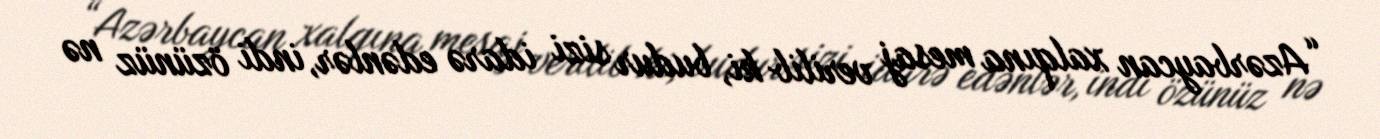
“Azərbaycan xalqına mesaj verilib ki, budur sizi idarə edənlər, indi özünüz nə